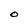
Character: O